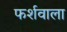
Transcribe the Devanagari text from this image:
फर्शवाला